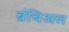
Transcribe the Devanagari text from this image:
ब्रंचिअल